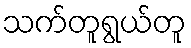
သက်တူရွယ်တူ